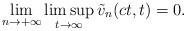
LaTeX: \begin{align*}\lim_{n\rightarrow+\infty}\limsup_{t\rightarrow\infty}\tilde{v}_n(ct, t)=0.\end{align*}